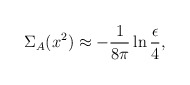
\begin{align*}\Sigma_A(x^2) \approx -\frac{1}{8\pi} \ln\frac{\epsilon}{4},\end{align*}